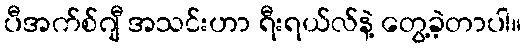
ပီအက်စ်ဂျီ အသင်းဟာ ရီးရယ်လ်နဲ့ တွေ့ခဲ့တာပါ။